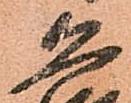
恐